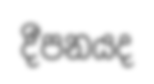
දීපනයද